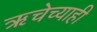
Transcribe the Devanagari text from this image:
ऋचेच्याही